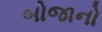
બોજાનો